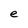
Character: e